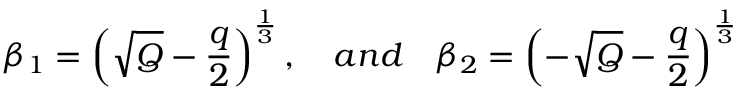
\beta _ { 1 } = \left( \sqrt { Q } - \frac { q } { 2 } \right) ^ { \frac { 1 } { 3 } } , \quad a n d \quad \beta _ { 2 } = \left( - \sqrt { Q } - \frac { q } { 2 } \right) ^ { \frac { 1 } { 3 } }